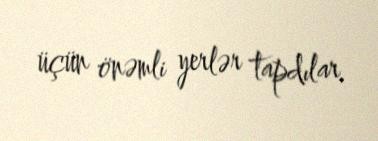
üçün önəmli yerlər tapdılar.